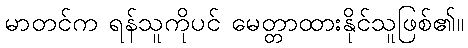
မာတင်က ရန်သူကိုပင် မေတ္တာထားနိုင်သူဖြစ်၏။